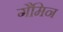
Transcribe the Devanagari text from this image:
गैमिन